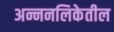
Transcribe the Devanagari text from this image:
अन्ननलिकेतील